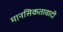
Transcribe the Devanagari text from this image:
मानसिकतावादी